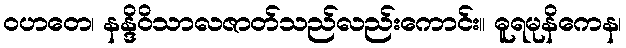
ဝဟတေ၊ နန္ဒိဝိသာလဇာတ်သည်လည်းကောင်း။ ဓူရမုနိကေန၊